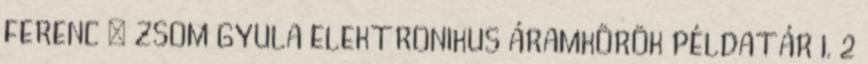
FERENC – ZSOM GYULA ELEKTRONIKUS ÁRAMKÖRÖK PÉLDATÁR I. 2